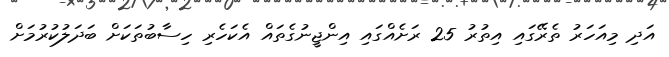
އަދި މިއަހަރު ތެރޭގައި އިތުރު 25 ރަށެއްގައި އިންޖީނުގެތައް އެކަހެރި ހިސާބުތަކަށް ބަދަލުކުރުމަށް